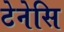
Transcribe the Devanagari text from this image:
टेनेसि